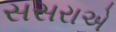
સસરાએ